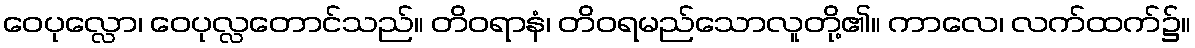
ဝေပုလ္လော၊ ဝေပုလ္လတောင်သည်။ တိဝရာနံ၊ တိဝရမည်သောလူတို့၏။ ကာလေ၊ လက်ထက်၌။